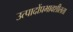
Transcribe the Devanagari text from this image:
उत्पादोंप्रभावशीलता